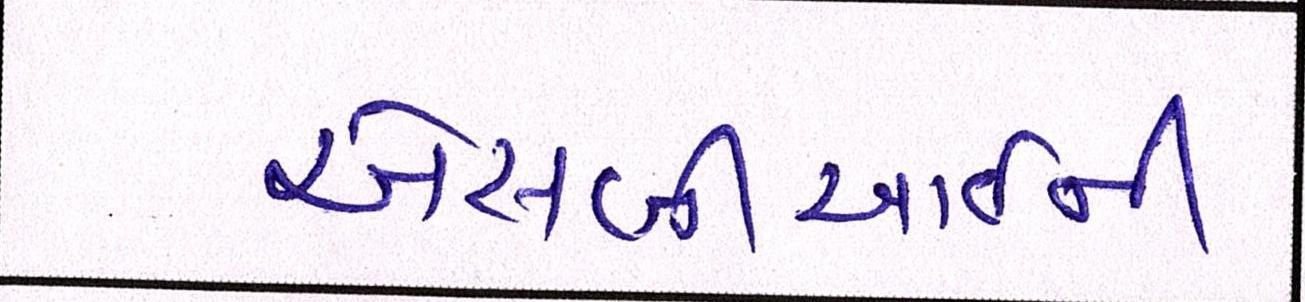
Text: એસબીઆઇની